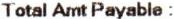
TOTAL AMT PAYABLE :